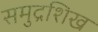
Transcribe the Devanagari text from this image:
समुद्रशिख